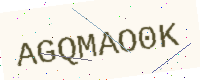
Text: AGQMAO0K